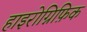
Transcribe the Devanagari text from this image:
हाइरोग्निफ़िक